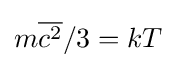
m{\overline {c^{2}}}/3=kT